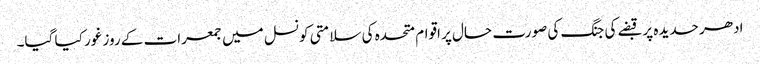
ادھر حدیدہ پر قبضے کی جنگ کی صورت حال پر اقوام متحدہ کی سلامتی کونسل میں جمعرات کے روز غور کیا گیا۔